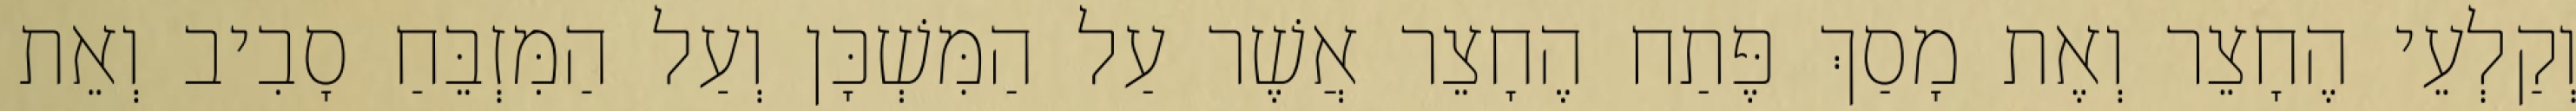
וְקַלְעֵי הֶחָצֵר וְאֶת מָסַךְ פֶּתַח הֶחָצֵר אֲשֶׁר עַל הַמִּשְׁכָּן וְעַל הַמִּזְבֵּחַ סָבִיב וְאֵת